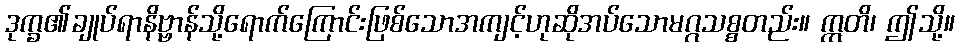
ဒုက္ခ၏ချုပ်ရာနိဗ္ဗာန်သို့ရောက်ကြောင်းဖြစ်သောအကျင့်ဟုဆိုအပ်သောမဂ္ဂသစ္စတည်း။ ဣတိ၊ ဤသို့။